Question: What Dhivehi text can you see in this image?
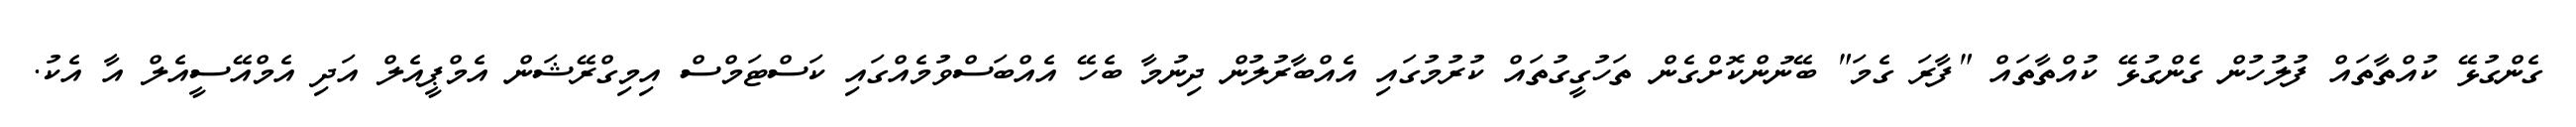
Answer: ގެންގުޅޭ ކުއްތާތައް ފުލުހުން ގެންގުޅޭ ކުއްތާތައް "ފާރަ ގެމަ" ބޭނުންކޮށްގެން ތަހުގީގުތައް ކުރުމުގައި އެއްބާރުލުން ދިނުމާ ބެހޭ އެއްބަސްވުމެއްގައި ކަސްޓަމްސް އިމިގްރޭޝަން އެމްޕީއެލް އަދި އެމްއޭސީއެލް އާ އެކު.